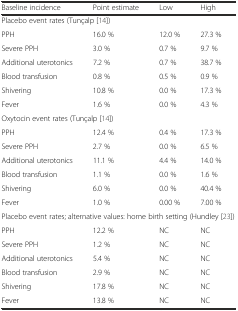
| Baseline incidence | Point estimate | Low | High |
 | --- | --- | --- | --- |
 | <COLSPAN=4> Placebo event rates (Tunçalp [14]) |
 | PPH | 16.0 % | 12.0 % | 27.3 % |
 | Severe PPH | 3.0 % | 0.7 % | 9.7 % |
 | Additional uterotonics | 7.2 % | 0.7 % | 38.7 % |
 | Blood transfusion | 0.8 % | 0.5 % | 0.9 % |
 | Shivering | 10.8 % | 0.0 % | 17.3 % |
 | Fever | 1.6 % | 0.0 % | 4.3 % |
 | <COLSPAN=4> Oxytocin event rates (Tunçalp [14]) |
 | PPH | 12.4 % | 0.4 % | 17.3 % |
 | Severe PPH | 2.7 % | 0.0 % | 6.5 % |
 | Additional uterotonics | 11.1 % | 4.4 % | 14.0 % |
 | Blood transfusion | 1.1 % | 0.0 % | 1.6 % |
 | Shivering | 6.0 % | 0.0 % | 40.4 % |
 | Fever | 1.0 % | 0.00 % | 7.00 % |
 | <COLSPAN=4> Placebo event rates; alternative values: home birth setting (Hundley [23]) |
 | PPH | 12.2 % | NC | NC |
 | Severe PPH | 1.2 % | NC | NC |
 | Additional uterotonics | 5.4 % | NC | NC |
 | Blood transfusion | 2.9 % | NC | NC |
 | Shivering | 17.8 % | NC | NC |
 | Fever | 13.8 % | NC | NC |